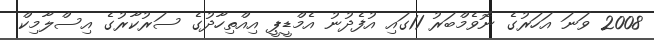
2008 ވަނަ އަހަރުގެ ނޮވެމްބަރު 11ގައި އުފެދުނު އެމްޑީޕީ އިއްތިހާދުގެ ސަރުކާރުގެ އިސްލާމިކް